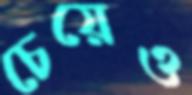
চেয়েও